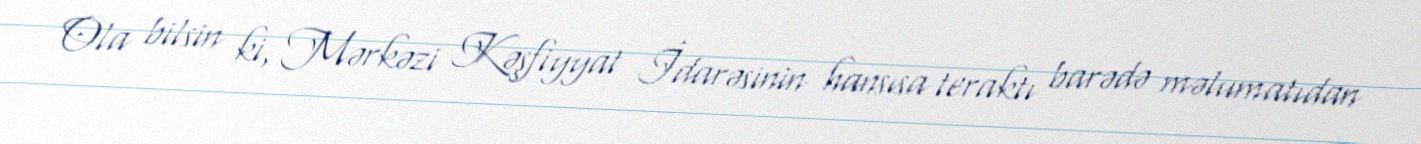
Ola bilsin ki, Mərkəzi Kəşfiyyat İdarəsinin hansısa teraktı barədə məlumatıdan